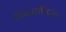
વિલાસિતાના